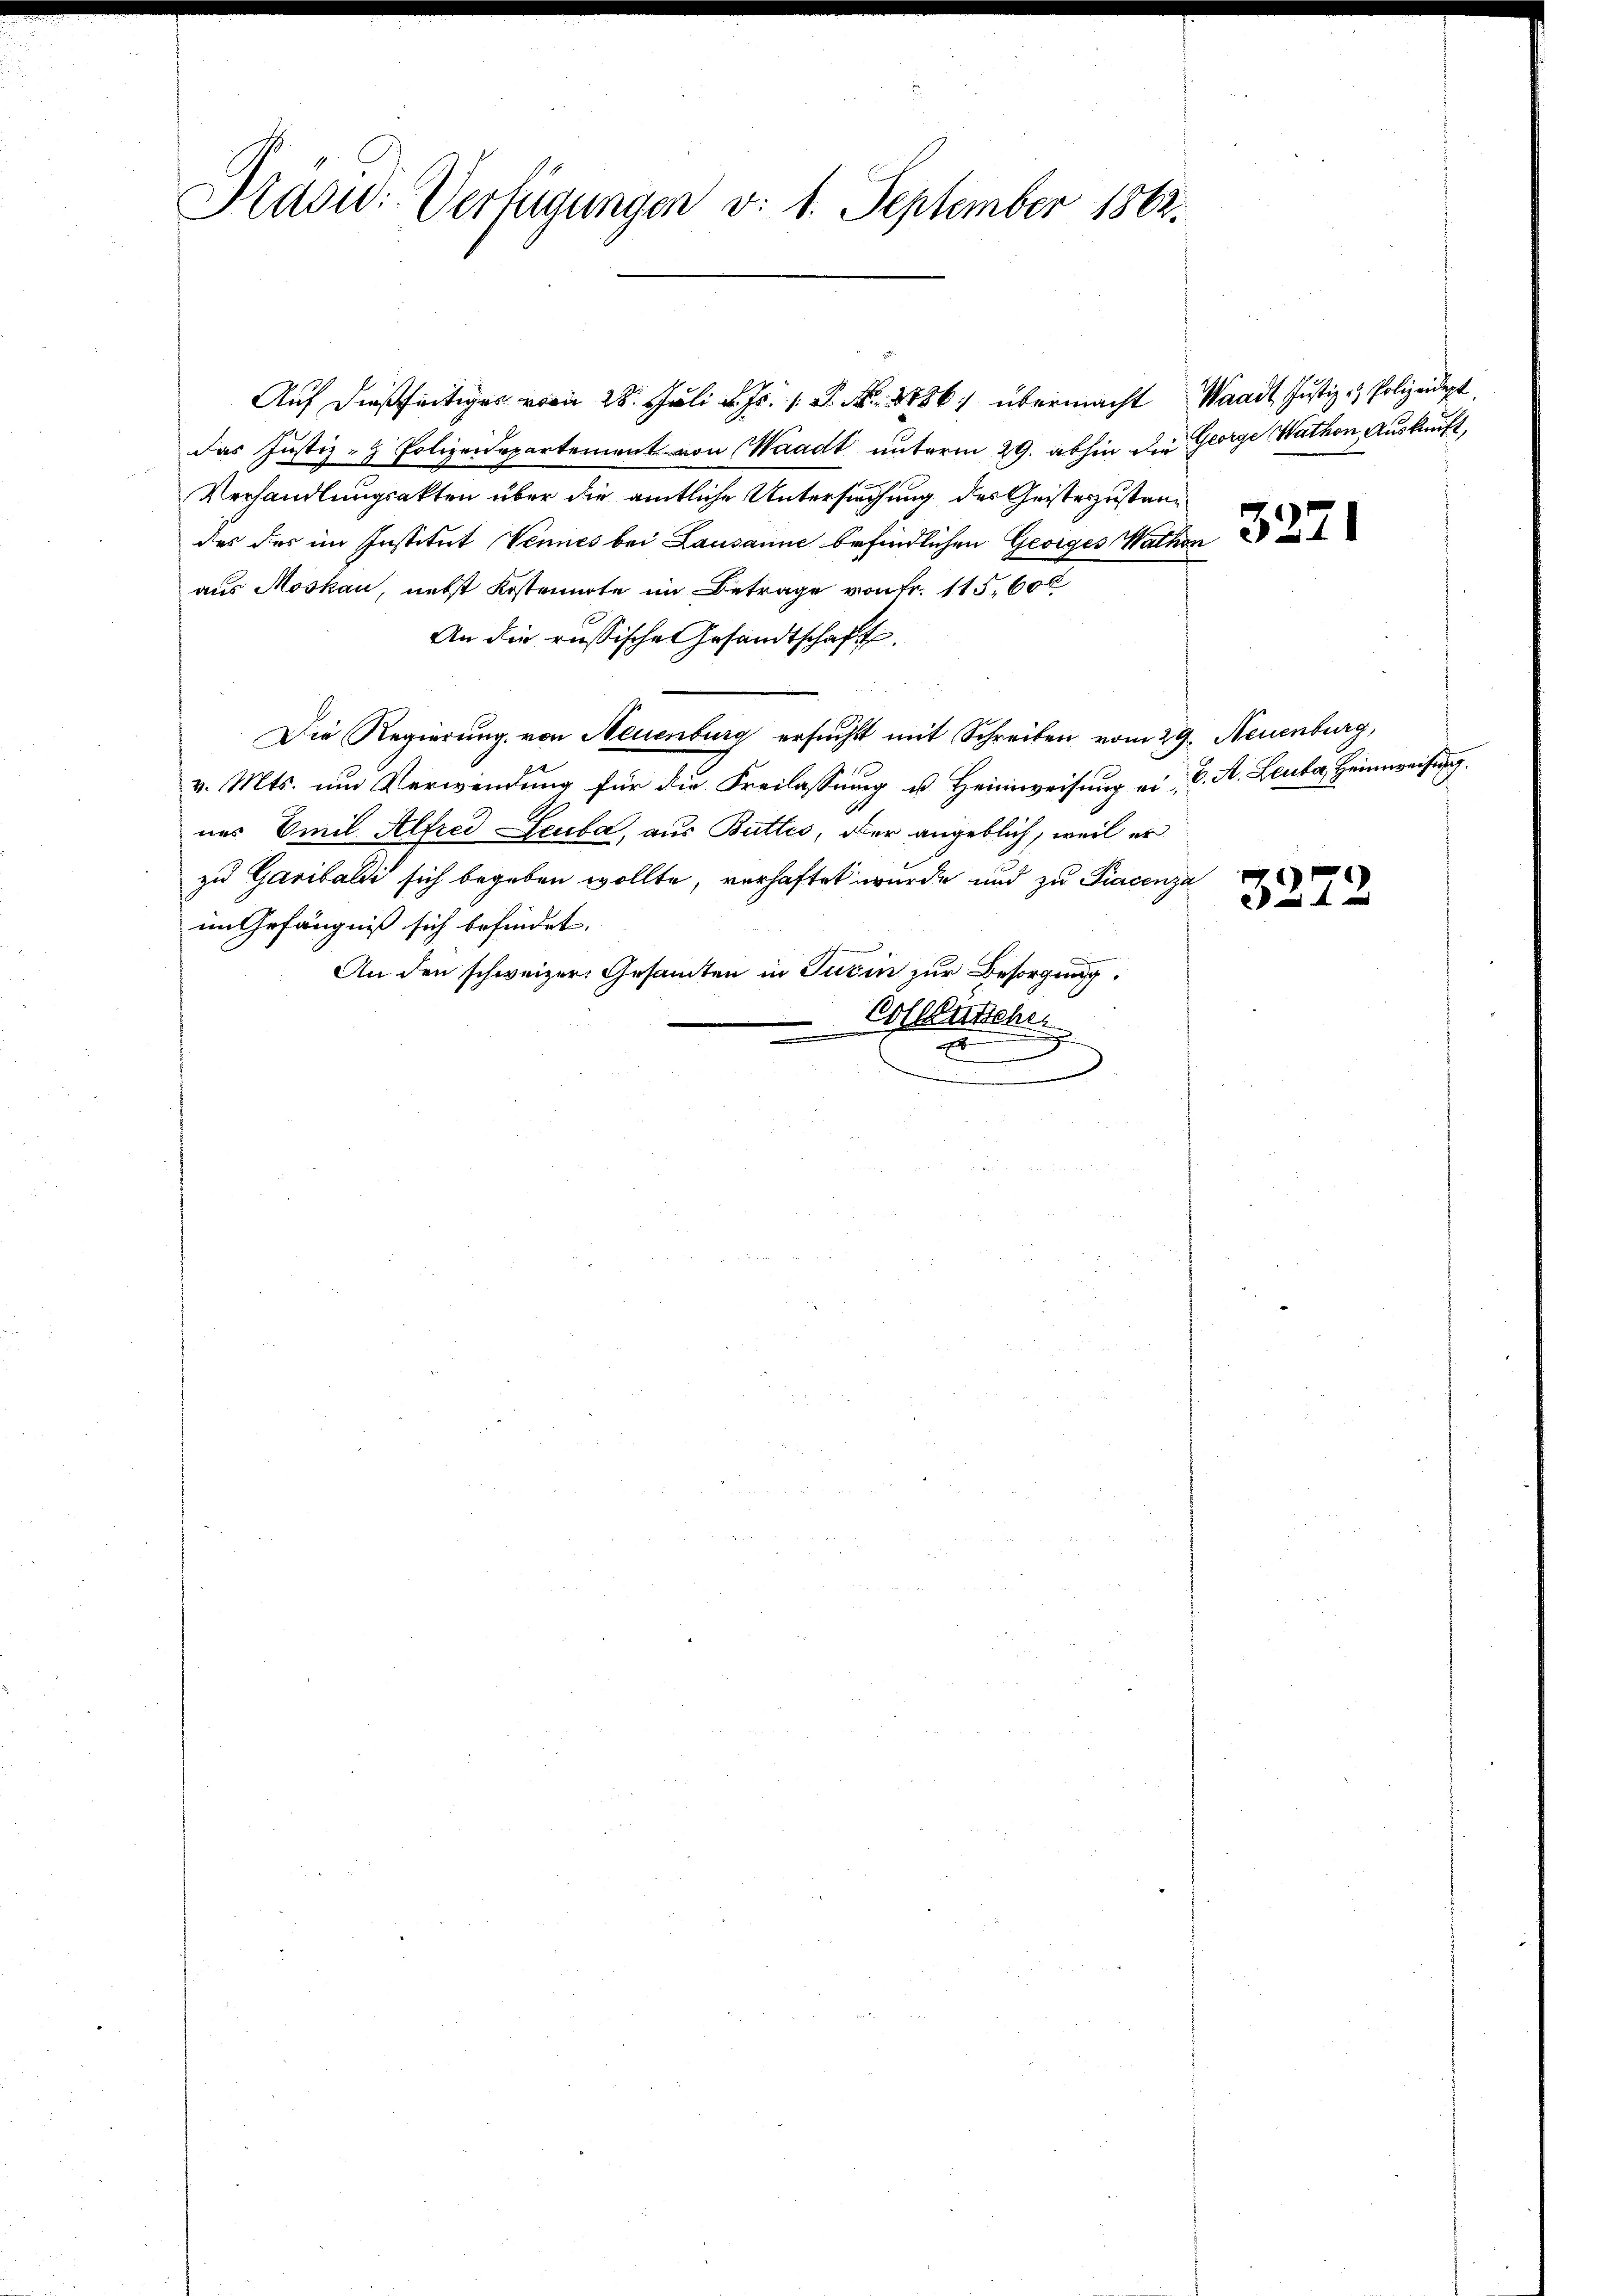
Pradid: Verfügungen v. 1. September 1862.

Auf dießseitiger von 28. Juli d. Js. 1. P. Nr. 1886 übermacht Waadt, Justiz- & Polizeidept
das Justiz- & Polizeidepartement von Waadt unterm 29. abhin die George Wathon Auskauft,
Verhandlungsakten über die amtliche Untersuchung der Geisteszustander das im Institut Vennes bei Lausanne befindlichen Georges Wachen
aus Moskau, nebst Kostennote im Betrage von Fr. 115, 600
An die russische Gesandtschaft.
Die Regierung von Neuenburg ersucht mit Schreiben vom 29. Neuenburg,
v. Mts. um Verwendung für die Freilassung u. Heimweisung ein C. A. Leuta, Heimweisung
nes Emil Alfred Leuta, aus Buttes, der angeblich, weil er
zu Gasibaldi sich begeben wollte, verhaftet wurde und zu Fiacenza
im Gefängniß sich befindet.
An den schweizer. Gesamten in Turin zur Besorgung.
Collentsche
a

3272